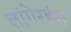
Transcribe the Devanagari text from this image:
लांगेरहंस